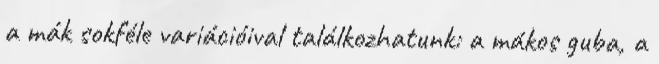
a mák sokféle variációival találkozhatunk: a mákos guba, a